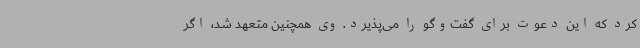
کرد که این دعوت برای گفت‌وگو را می‌پذیرد. وی همچنین متعهد شد، اگر